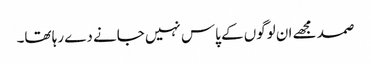
صمد مجھے ان لوگوں کے پاس نہیں جانے دے رہا تھا۔